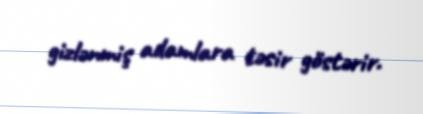
gizlənmiş adamlara təsir göstərir.